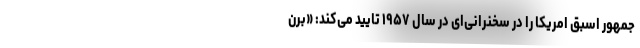
جمهور اسبق امریکا را در سخنرانی‌ای در سال ۱۹۵۷ تایید می‌کند: «برن